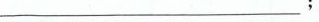
_________________;